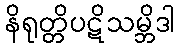
နိရုတ္တိပဋိသမ္ဘိဒါ